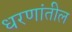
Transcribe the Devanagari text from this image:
धरणांतील